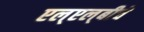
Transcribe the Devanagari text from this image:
एल्‌एल्‌बीचे